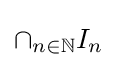
\cap _{n\in \mathbb {N} }I_{n}